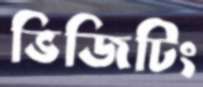
ভিজিটিং